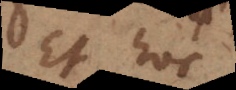
Et hoc